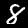
Label: 8